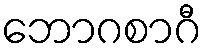
ဘောဂစာဂီ